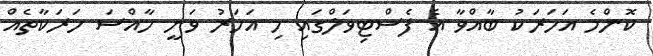
ކޮންމެ އަހަރަކު ބާއްވާ އެ ފެސްޓިވަލްގައި މި އަހަރު ވަނީ ހާއްސަ ހަރަކާތެއް